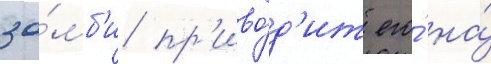
зо́мб'и пр'иво́д'ит его́ на́